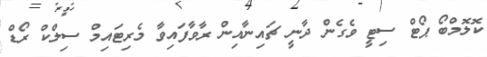
ކޮލޮމްބޯ ޕޯޓް ސިޓީ ވެގެން ދާނީ ޗައިނާއިން ރާވާފައިވާ މެރިޓައިމް ސިލްކް ރޯޑް